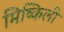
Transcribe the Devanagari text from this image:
मिष्किली